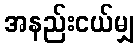
အနည်းငယ်မျှ